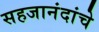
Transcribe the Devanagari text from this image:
सहजानंदांचे